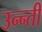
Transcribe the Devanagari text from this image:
उन्न्ती